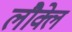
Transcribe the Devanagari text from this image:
लौक्ले